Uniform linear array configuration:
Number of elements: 16
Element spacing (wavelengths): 0.5
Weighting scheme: hann
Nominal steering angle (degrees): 0
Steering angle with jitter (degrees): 0.7349
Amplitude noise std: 0.05
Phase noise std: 0.05

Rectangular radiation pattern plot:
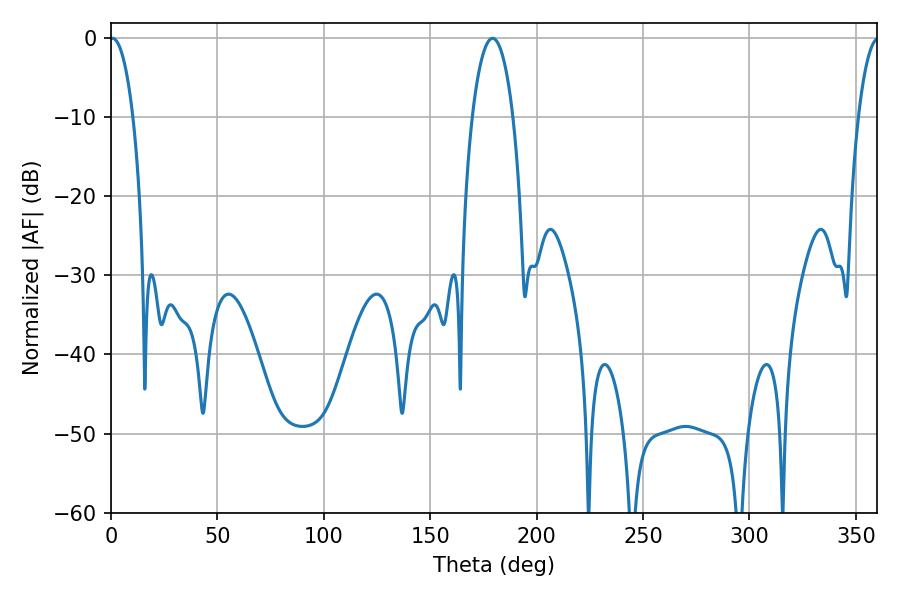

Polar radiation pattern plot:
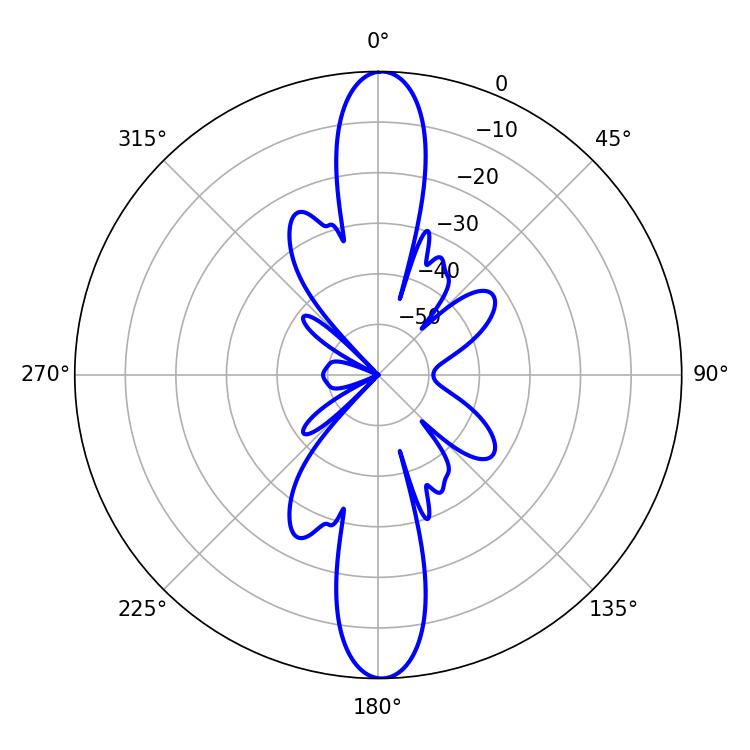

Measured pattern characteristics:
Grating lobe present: FALSE
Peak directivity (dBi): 26.421
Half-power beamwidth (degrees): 6.12
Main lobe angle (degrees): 0.72